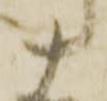
十